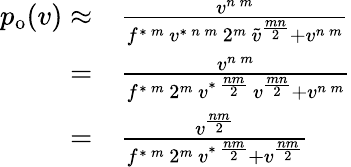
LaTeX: \begin{array}{rl}{p_{\mathrm{o}}(v)\approx}&{{}\frac{v^{n\, m}}{f^{\ast\, m}\, v^{\ast\, n\, m}\, 2^{m}\, \tilde{v}^{\frac{mn}{2}}+v^{n\, m}}}\\ {=}&{{}\frac{v^{n\, m}}{f^{\ast\, m}\, 2^{m}\, v^{\ast\, \frac{nm}{2}}\, v^{\frac{mn}{2}}+v^{n\, m}}}\\ {=}&{{}\frac{v^{\frac{nm}{2}}}{f^{\ast\, m}\, 2^{m}\, v^{\ast\, \frac{nm}{2}}+v^{\frac{nm}{2}}}}\end{array}